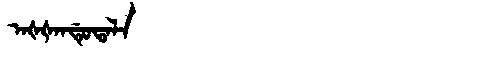
Manchu: ᠠᡧᡧᠠᠨᡩᡠᡨᠠᠯᠠ
Romanization: AŠŠANDUTALA